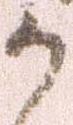
か